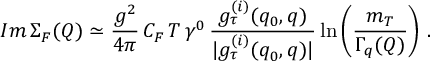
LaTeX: I m \, \Sigma _ { F } ( Q ) \simeq \frac { g ^ { 2 } } { 4 \pi } \, C _ { F } \, T \, \gamma ^ { 0 } \, \frac { g _ { \tau } ^ { ( i ) } ( q _ { 0 } , q ) } { | g _ { \tau } ^ { ( i ) } ( q _ { 0 } , q ) | } \ln \left( \frac { m _ { T } } { \Gamma _ { q } ( Q ) } \right) \, .